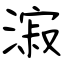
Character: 漃